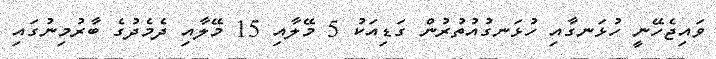
ވައިޖެހޭނީ ހުޅަނގާއި ހުޅަނގުއުތުރުން ގަޑިއަކު 5 މޭލާއި 15 މޭލާއި ދެމެދުގެ ބާރުމިނުގައި